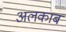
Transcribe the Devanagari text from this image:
अलकाब